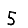
Digit: 5